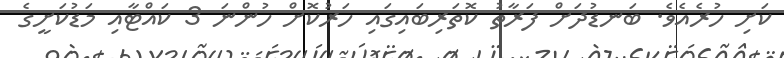
ކަށި ހުރެއެވެ. ބަނޑުދަށް ފަރާތު ކޮތަރިބައިގައި ހަރުކޮށް ހުންނަ 3 ކައްޓާއި މަޑުކަށީގެ